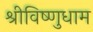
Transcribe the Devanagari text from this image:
श्रीविष्णुधाम